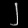
Digit: ၂